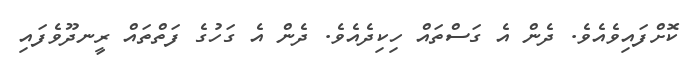
ކޮށްފައިވެއެވެ. ދެން އެ ގަސްތައް ހިކިދެއެވެ. ދެން އެ ގަހުގެ ފަތްތައް ރީނދޫވެފައި